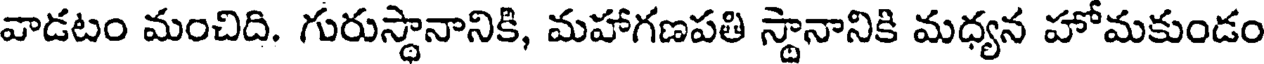
వాడటం మంచిది. గురుస్థానానికి, మహాగణపతి స్థానానికి మధ్యన హోమకుండం